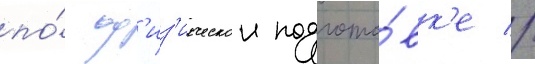
по́ ф'из'ическои подгото́вк'е //